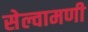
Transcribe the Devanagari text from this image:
सेल्वामणी